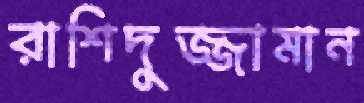
রাশিদুজ্জামান